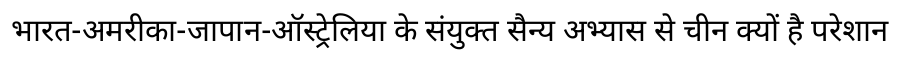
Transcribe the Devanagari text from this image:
भारत-अमरीका-जापान-ऑस्ट्रेलिया के संयुक्त सैन्य अभ्यास से चीन क्यों है परेशान